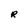
Character: R